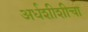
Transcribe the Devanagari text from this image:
अर्धशीशीचा